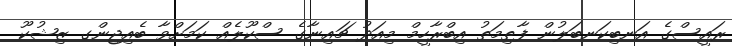
ރައީސްގެ އަނބިކަނބަލުން ފާޠިމަތު އިބްރާހީމް މިއަދު ޗައިނާގެ ސްކޫލެއް ކަމަށްވާ ބެއިޖިންގ ޒިޝުކޫ